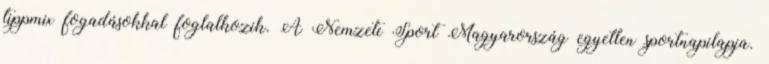
tippmix fogadásokkal foglalkozik. A Nemzeti Sport Magyarország egyetlen sportnapilapja.